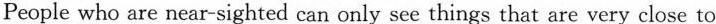
People who are near-sighted can only see things that are very close to